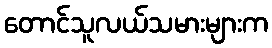
တောင်သူလယ်သမားများက